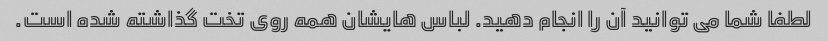
لطفا شما می توانید آن را انجام دهید. لباس هایشان همه روی تخت گذاشته شده است.